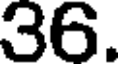
36.